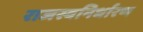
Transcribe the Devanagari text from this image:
राजस्वनिर्धारण